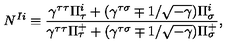
N ^ { I i } \equiv \frac { \gamma ^ { \tau \tau } \Pi _ { \tau } ^ { i } + ( \gamma ^ { \tau \sigma } \mp 1 / \sqrt { - \gamma } ) \Pi _ { \sigma } ^ { i } } { \gamma ^ { \tau \tau } \Pi _ { \tau } ^ { + } + ( \gamma ^ { \tau \sigma } \mp 1 / \sqrt { - \gamma } ) \Pi _ { \sigma } ^ { + } } ,